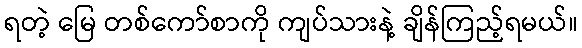
ရတဲ့ မြေ တစ်ကော်စာကို ကျပ်သားနဲ့ ချိန်ကြည့်ရမယ်။